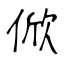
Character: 俽